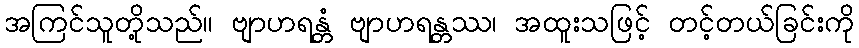
အကြင်သူတို့သည်။ ဗျာဟရန္တံ ဗျာဟရန္တဿ၊ အထူးသဖြင့် တင့်တယ်ခြင်းကို